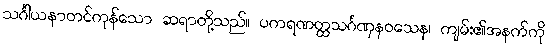
သင်္ဂါယနာတင်ကုန်သော ဆရာတို့သည်။ ပကရဏတ္ထသင်္ဂဏှနဝသေန၊ ကျမ်း၏အနက်ကို